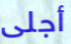
أجلى